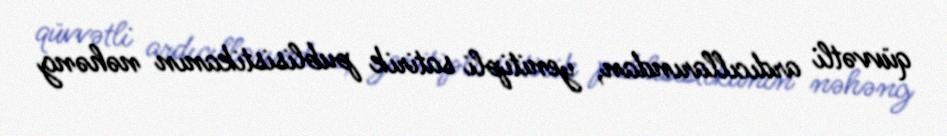
qüvvətli ardıcıllarından, yenitipli satirik publisistikanın nəhəng